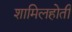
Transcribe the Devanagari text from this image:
शामिलहोती